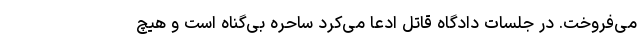
می‌فروخت. در جلسات دادگاه قاتل ادعا می‌کرد ساحره بی‌گناه است و هیچ